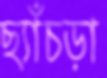
ছ্যাঁচড়া